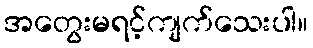
အတွေးမရင့်ကျက်သေးပါ။